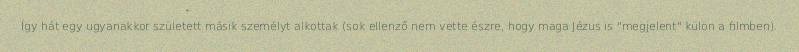
Így hát egy ugyanakkor született másik személyt alkottak (sok ellenző nem vette észre, hogy maga Jézus is "megjelent" külön a filmben).